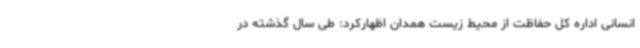
انسانی اداره کل حفاظت از محیط زیست همدان اظهارکرد: طی سال گذشته در